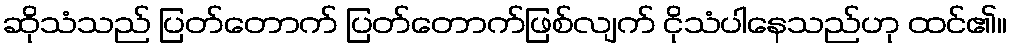
ဆိုသံသည် ပြတ်တောက် ပြတ်တောက်ဖြစ်လျက် ငိုသံပါနေသည်ဟု ထင်၏။